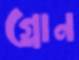
গ্লোন